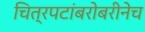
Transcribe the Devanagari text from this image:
चित्रपटांबरोबरीनेच